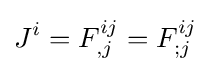
J^{i}=F_{,j}^{ij}=F_{;j}^{ij}